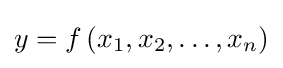
y=f\left(x_{1},x_{2},\ldots ,x_{n}\right)